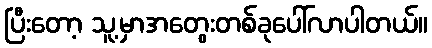
ပြီးတော့ သူ့မှာအတွေးတစ်ခုပေါ်လာပါတယ်။